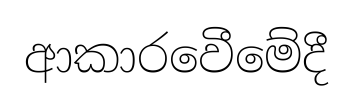
ආකාරවෙීමේදී